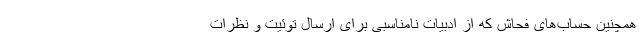
همچنین حساب‌های فحاش که از ادبیات نامناسبی برای ارسال توئیت و نظرات